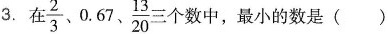
3.在\frac{2}{3}、0.67、\frac{13}{20}三个数中，最小的数是（）